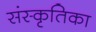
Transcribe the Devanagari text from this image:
संस्कृतिका